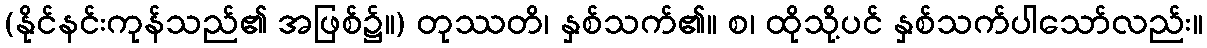
(နိုင်နင်းကုန်သည်၏ အဖြစ်၌။) တုဿတိ၊ နှစ်သက်၏။ စ၊ ထိုသို့ပင် နှစ်သက်ပါသော်လည်း။